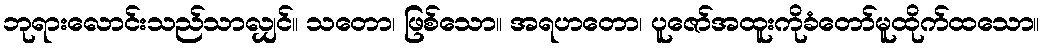
ဘုရားလောင်းသည်သာလျှင်။ သတော၊ ဖြစ်သော။ အရဟတော၊ ပူဇော်အထူးကိုခံတော်မူထိုက်ထသော။